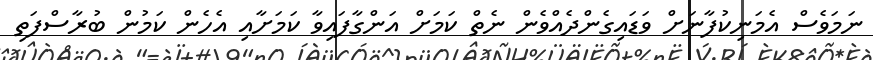
ނަމަވެސް އެމަނިކުފާނަށް ވަޑައިގެންދެެއްވެން ނެތް ކަމަށް އަންގާފައިވާ ކަމަށާއި އެހެން ކަމުން ބުރާސްފަތި